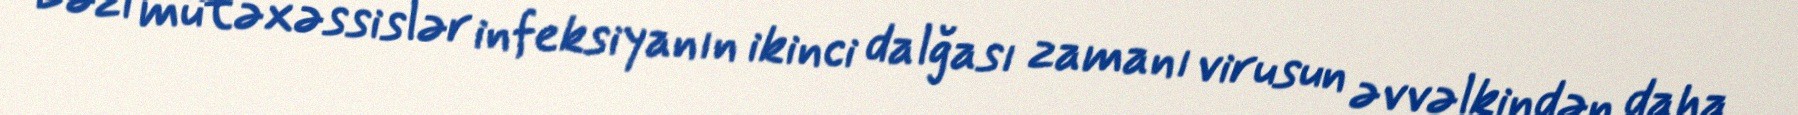
Bəzi mütəxəssislər infeksiyanın ikinci dalğası zamanı virusun əvvəlkindən daha